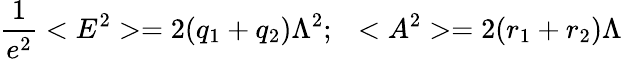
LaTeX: \frac{1}{e^{2}}<E^{2}>=2(q_{1}+q_{2})\Lambda^{2};\ \ <A^{2}>=2(r_{1}+r_{2})\Lambda